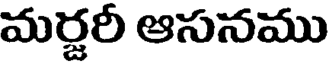
మర్జరీ ఆసనము